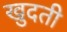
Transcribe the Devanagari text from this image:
खुदती